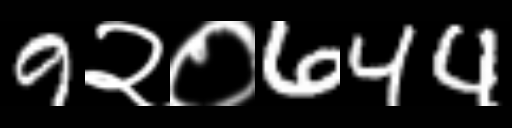
Text: 9२०644